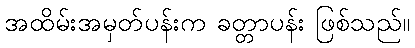
အထိမ်းအမှတ်ပန်းက ခတ္တာပန်း ဖြစ်သည်။